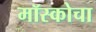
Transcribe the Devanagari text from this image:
मॉस्कोचा